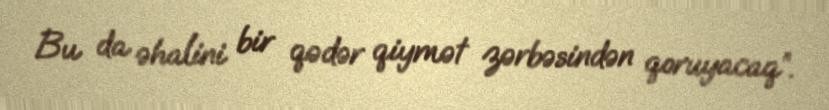
Bu da əhalini bir qədər qiymət zərbəsindən qoruyacaq”.